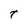
Character: t